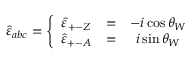
\hat { \varepsilon } _ { a b c } = \left\{ \begin{array} { c c c } { { \hat { \varepsilon } _ { + - Z } } } & { { = } } & { { - i \cos \theta _ { W } } } \\ { { \hat { \varepsilon } _ { + - A } } } & { { = } } & { { i \sin \theta _ { W } } } \end{array} \right.